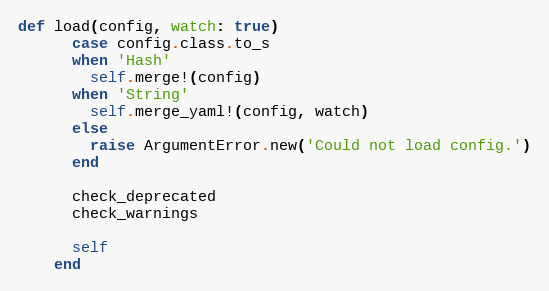
Language: Ruby
def load(config, watch: true)
      case config.class.to_s
      when 'Hash'
        self.merge!(config)
      when 'String'
        self.merge_yaml!(config, watch)
      else
        raise ArgumentError.new('Could not load config.')
      end

      check_deprecated
      check_warnings

      self
    end